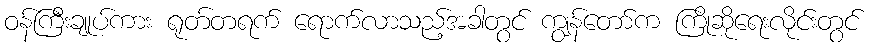
ဝန်ကြီးချုပ်ကား ရုတ်တရက် ရောက်လာသည့်အခါတွင် ကျွန်တော်က ကြိုဆိုရေးလိုင်းတွင်